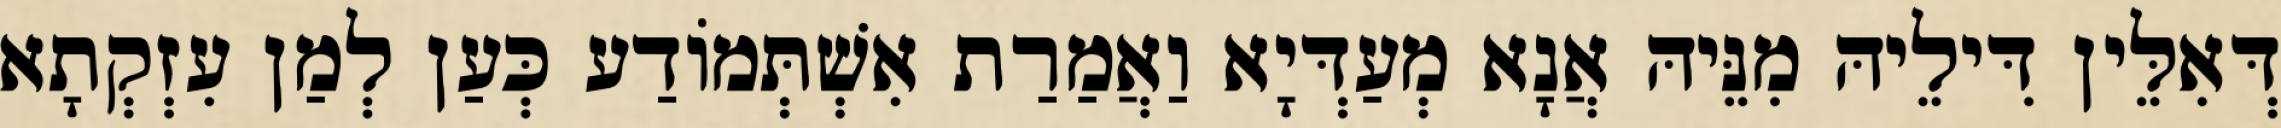
דְּאִלֵּין דִּילֵיהּ מִנֵּיהּ אֲנָא מְעַדְּיָא וַאֲמַרַת אִשְׁתְּמוֹדַע כְּעַן לְמַן עִזְקְתָא